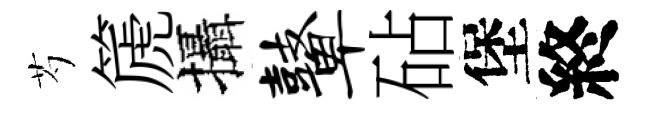
芍篪攝鼙砧堡終